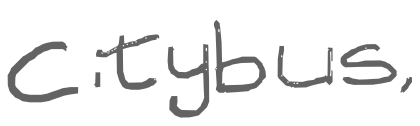
Text: Citybus,
Cross-out: clean
Writing tool: digital_gray